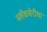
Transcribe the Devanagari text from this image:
ब्लॅकबेरीचा